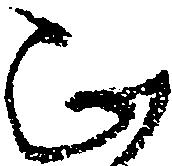
正